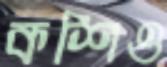
কশিও